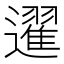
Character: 䢰